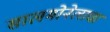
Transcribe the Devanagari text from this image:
सालमोनेलाचा